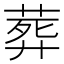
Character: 葬